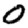
Digit: 0